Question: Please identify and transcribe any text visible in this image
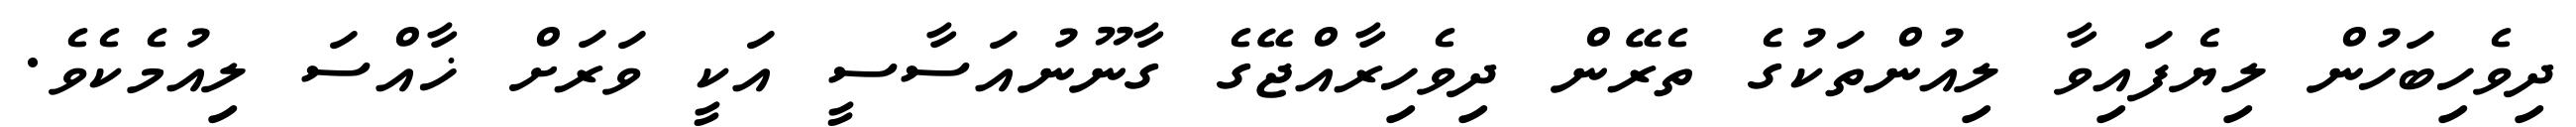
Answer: ދިވެހިބަހުން ލިޔެފައިވާ ލިއުންތަކުގެ ތެރޭން ދިވެހިރާއްޖޭގެ ގާނޫނުއަސާސީ އަކީ ވަރަށް ޚާއްސަ ލިއުމެކެވެ.